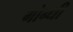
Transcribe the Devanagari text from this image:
गोन्धी